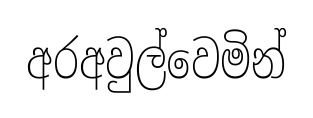
අරඅවුල්වෙමින්